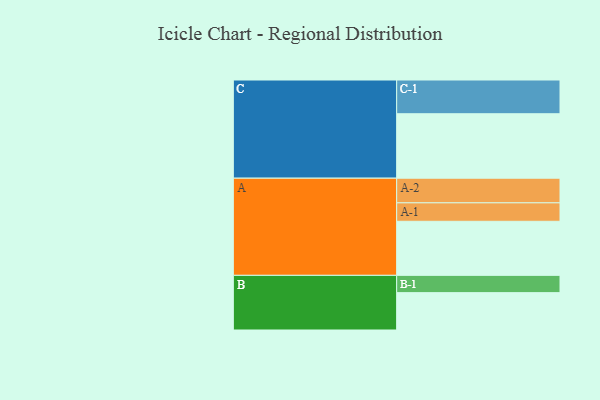
{"axis": {"x": "Segment", "y": "Value"}, "legend": ["", "A", "B", "C"], "data": [{"x": "A", "y": 463, "type": ""}, {"x": "B", "y": 320, "type": ""}, {"x": "C", "y": 552, "type": ""}, {"x": "A-1", "y": 158, "type": "A"}, {"x": "A-2", "y": 211, "type": "A"}, {"x": "B-1", "y": 148, "type": "B"}, {"x": "C-1", "y": 289, "type": "C"}]}